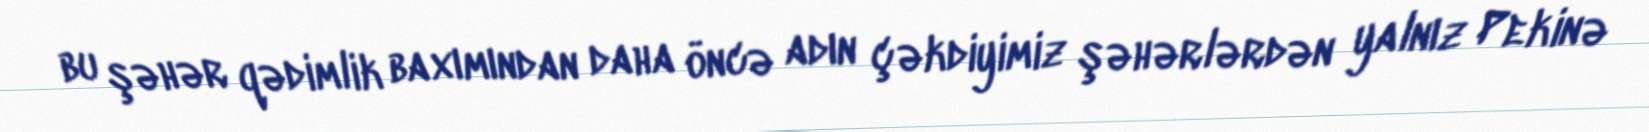
bu şəhər qədimlik baxımından daha öncə adın çəkdiyimiz şəhərlərdən yalnız Pekinə